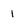
Character: l